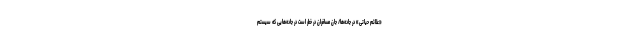
«علائم حیاتی» در جاده‌ها/ جان مسافران در خطر است در جاده‌هایی که سیستم